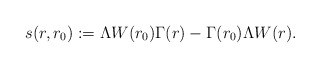
\begin{align*} s(r, r_0) := \Lambda W(r_0) \Gamma(r) - \Gamma(r_0) \Lambda W(r).\end{align*}